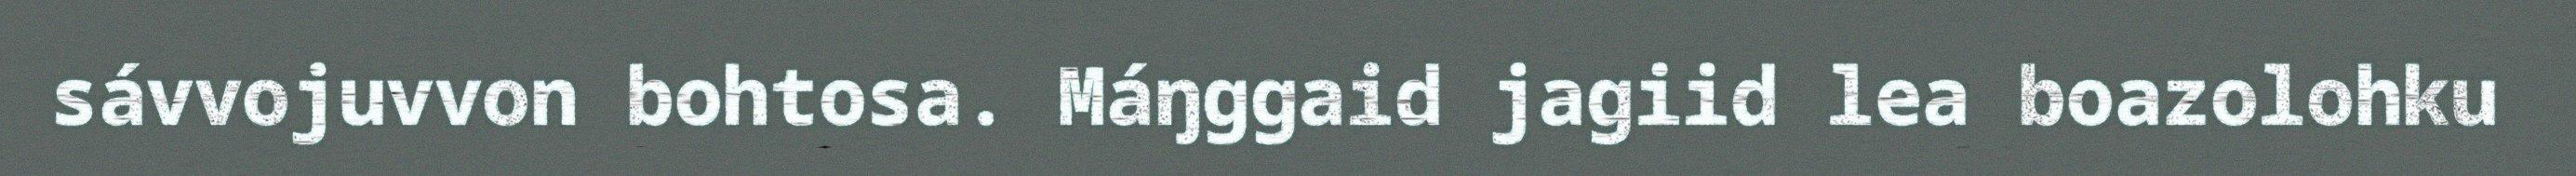
sávvojuvvon bohtosa. Máŋggaid jagiid lea boazolohku